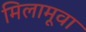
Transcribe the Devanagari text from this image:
मिलामूवा